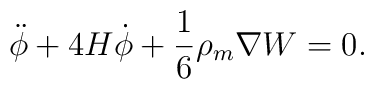
\ddot \phi + 4H\dot \phi +\frac{1}{6}\rho_m\nabla W=0.